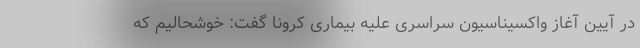
در آیین آغاز واکسیناسیون سراسری علیه بیماری کرونا گفت: خوشحالیم که